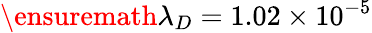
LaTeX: \ensuremath{\lambda}_{D}=1.02\times 10^{-5}